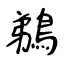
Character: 鵜